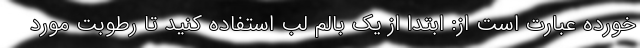
خورده عبارت است از: ابتدا از یک بالم لب استفاده کنید تا رطوبت مورد